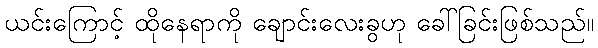
ယင်းကြောင့် ထိုနေရာကို ချောင်းလေးခွဟု ခေါ်ခြင်းဖြစ်သည်။